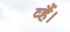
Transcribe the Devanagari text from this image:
व्हैं।